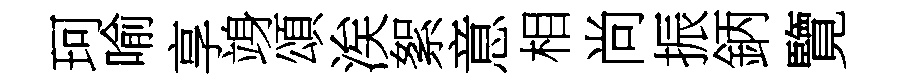
珂喻享竧頌涘絮意相尚振鈵覽